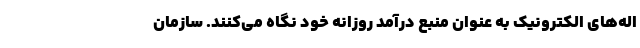
اله‌های الکترونیک به عنوان منبع درآمد روزانه خود نگاه می‌کنند. سازمان